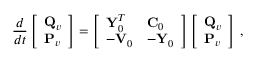
\frac { d } { d t } \left[ \begin{array} { l } { { \bf Q } _ { v } } \\ { { \bf P } _ { v } } \end{array} \right] = \left[ \begin{array} { l l } { { \bf Y } _ { 0 } ^ { T } } & { { \bf C } _ { 0 } } \\ { - { \bf V } _ { 0 } } & { - { \bf Y } _ { 0 } } \end{array} \right] \left[ \begin{array} { l } { { \bf Q } _ { v } } \\ { { \bf P } _ { v } } \end{array} \right] \, ,